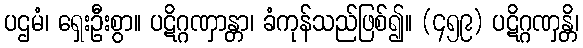
ပဌမံ၊ ရှေးဦးစွာ။ ပဋိဂ္ဂဏှာန္တာ၊ ခံကုန်သည်ဖြစ်၍။ (၄၅၉) ပဋိဂ္ဂဏှန္တိ၊